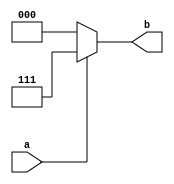
`timescale 1ns / 1ps
//////////////////////////////////////////////////////////////////////////////////
// Company: 
// Engineer: 
// 
// Design Name: 
// Module Name: invert_1_digit_to_many
// Project Name: 
// Target Devices: 
// Tool Versions: 
// Description: 
// 
// Dependencies: 
// 
// Revision:
// Revision 0.01 - File Created
// Additional Comments:
// 
//////////////////////////////////////////////////////////////////////////////////


module invert_1_digit_to_many (
       input [0:0] a,
       output reg [2:0] b
    );
    always @(*) begin
    if (a == 1) begin
        b = 111;
    end 
    else begin
        b = 000;
    end
end
endmodule